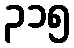
၃၁၅